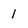
Character: 1